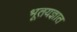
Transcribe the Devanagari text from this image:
भूतयज्ञात